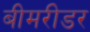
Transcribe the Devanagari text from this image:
बीमरीडर